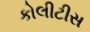
કોલીટીસ